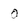
Character: o